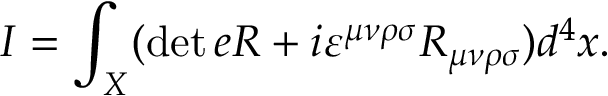
I = \int _ { X } ( \operatorname * { d e t } e R + i \varepsilon ^ { \mu \nu \rho \sigma } R _ { \mu \nu \rho \sigma } ) d ^ { 4 } x .